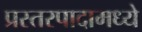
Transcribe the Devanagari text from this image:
प्रस्तरपादामध्ये